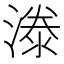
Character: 漛